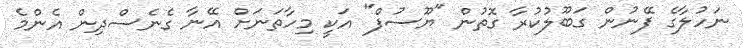
ނަހުލާގެ ފޭނުން ގަބޫލުކުރާ ގޮތުން "ޔޫސުފް" އަކީ މިހާތަނަށް އޭނާ ގެނެސްދިން އެންމެ